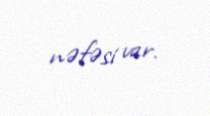
nəfəsi var.